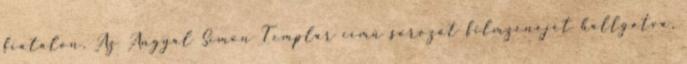
fiatalon, Az Angyal Simon Templar című sorozat filmzenéjét hallgatva,